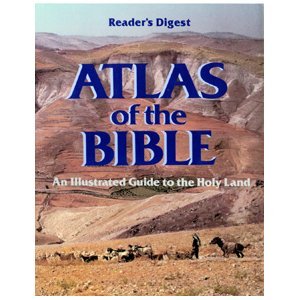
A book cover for Atlas of the Bible (Readers Digest); Editors of Reader's Digest; Christian Books & Bibles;